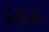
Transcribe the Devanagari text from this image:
इंसुलेट